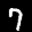
Label: 7